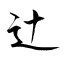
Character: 辻